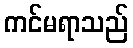
ကင်မရာသည်